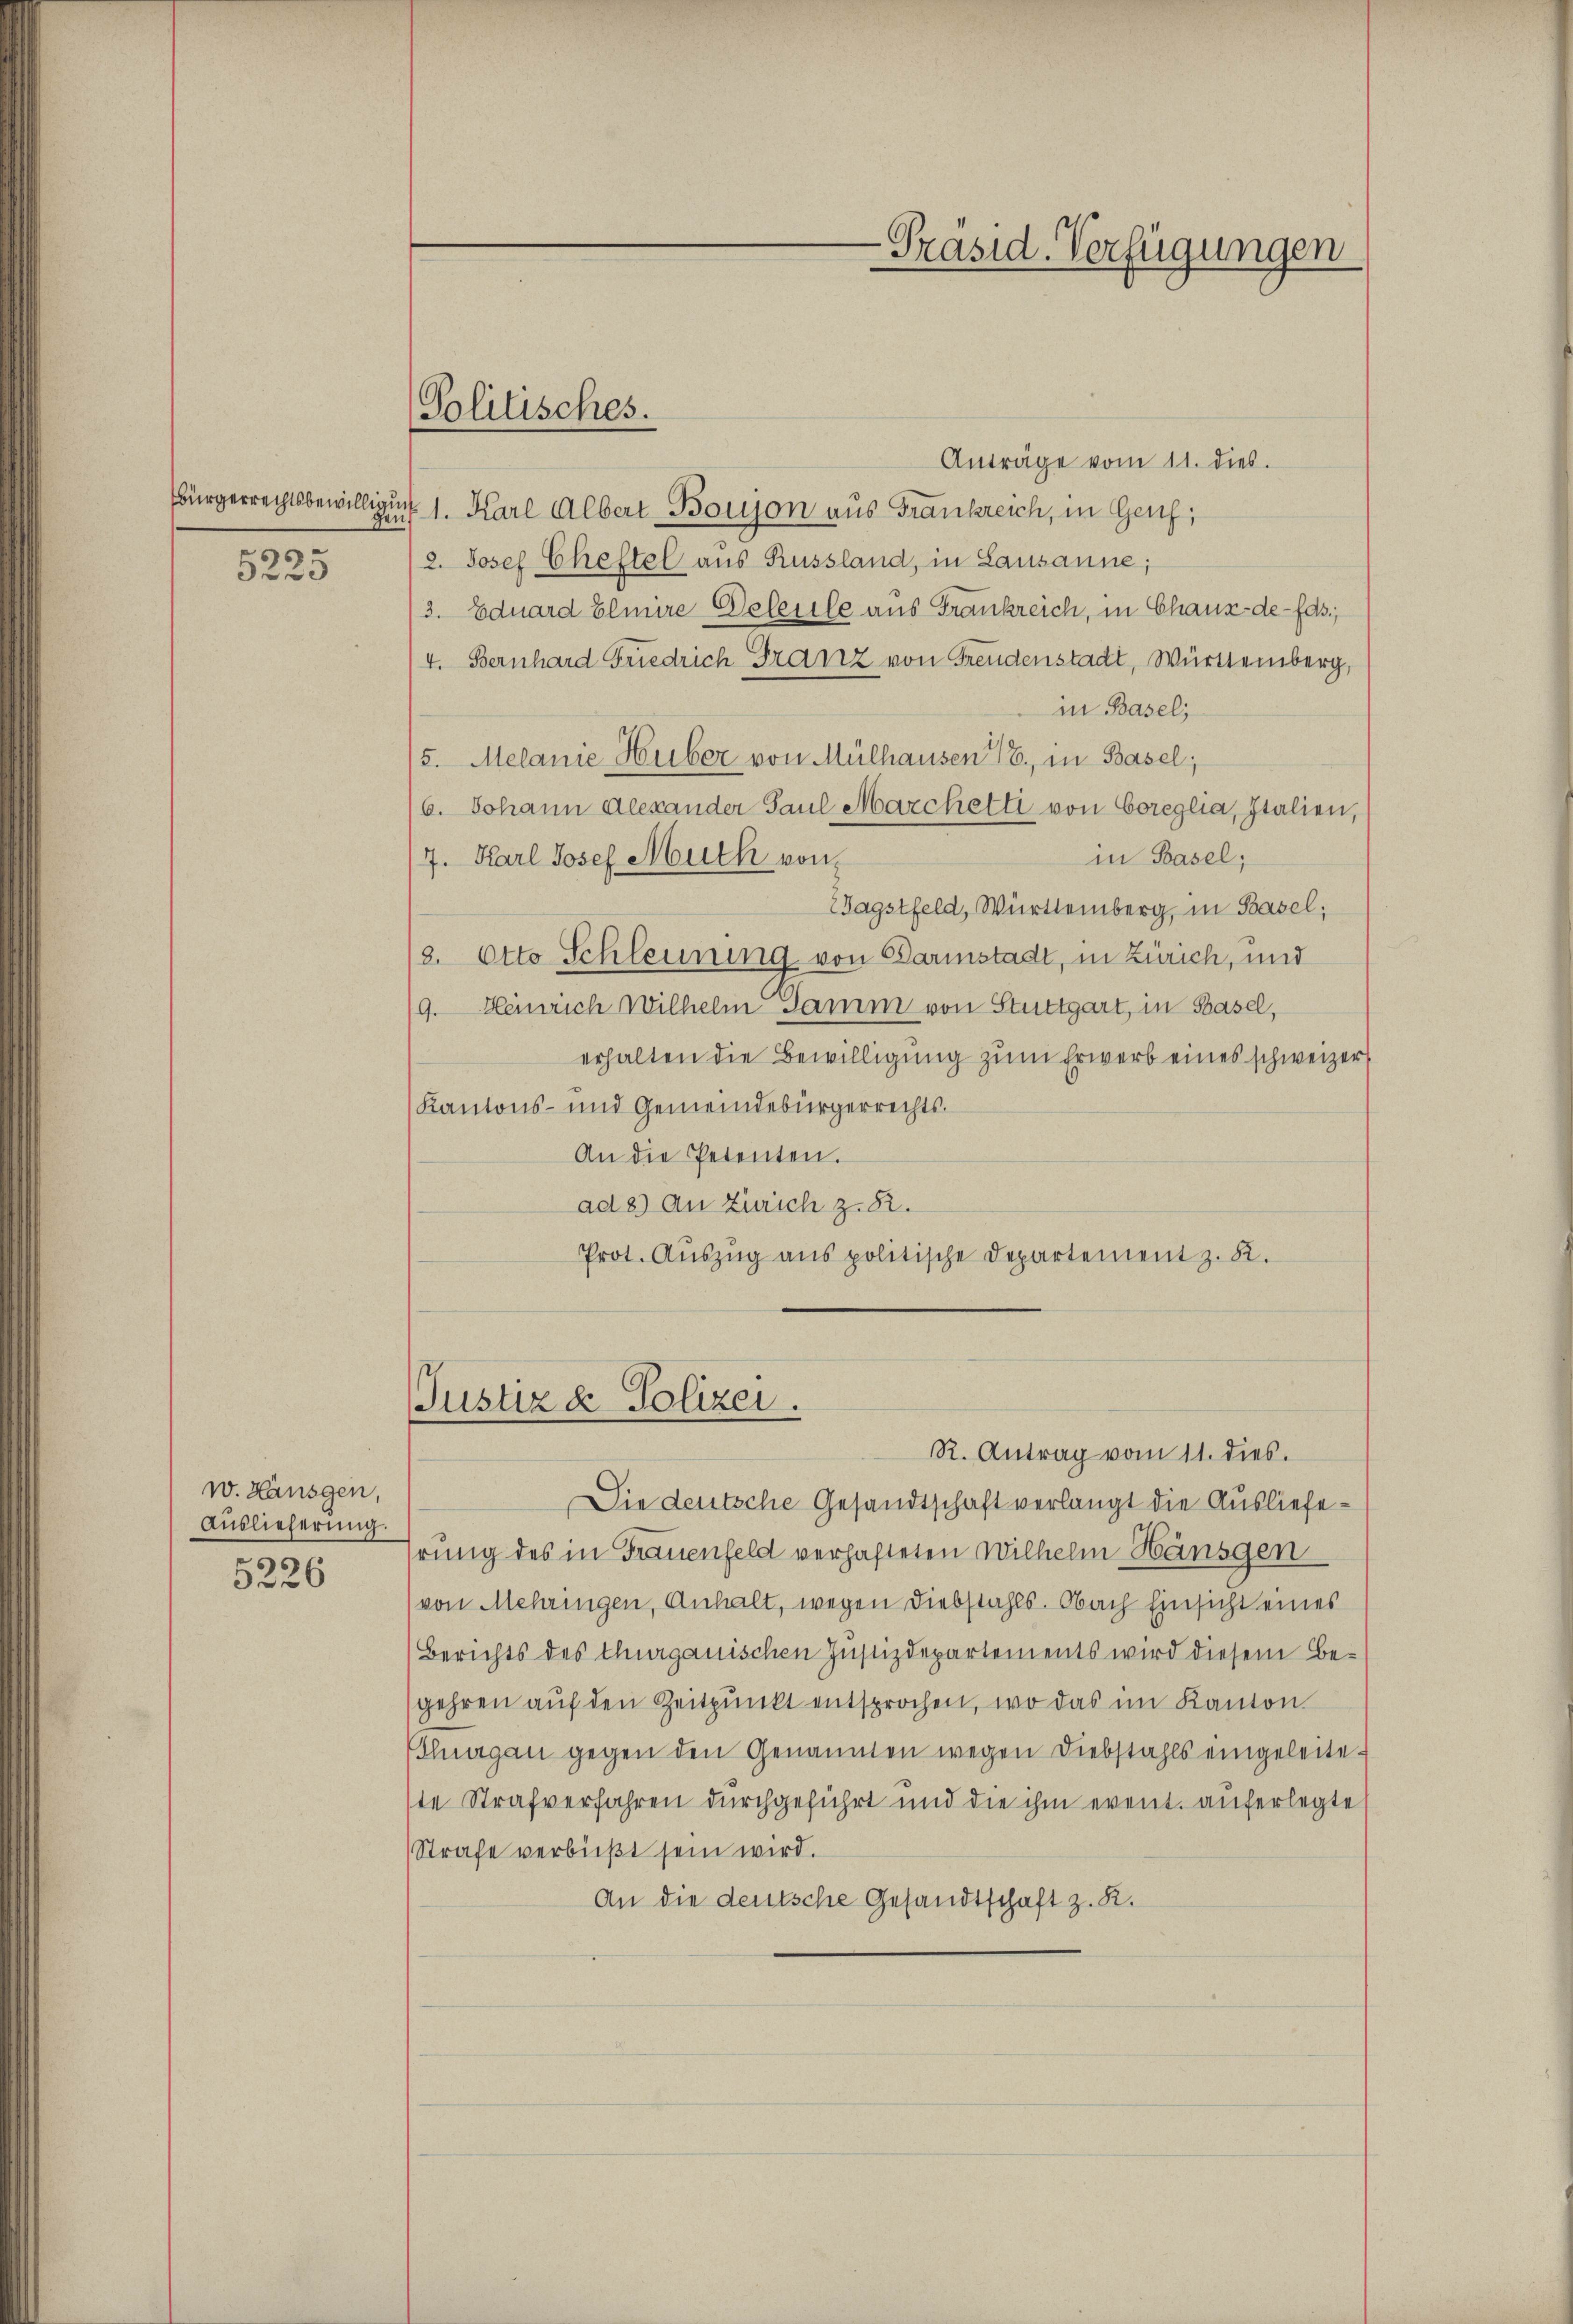
5225

w. Hausgen,
Auslieferung.
5226

Politisches.

-Präsid. Verfügungen

Anträge vom 11. dies.
Bürgerrechtsbewilligung 1. Karl Albert Boujon aus Frankreich, in Genf,
2. Josef Cheftel aus Russland, in Lausanne;
13. Eduard Eliere Beleute aus Frankreich, in Chaux-de-fds.,
4. Bernhard Friedrich Franz von Freudenstadt, Württemberg,
in Basel;
5. Melanie Huber von Mülhausen 16, in Basel;
6. Johann Alexander Paul Marchetti von Coreglia, Italien,
in Basel;
7. Karl Josef Muth von
2Jagstfeld, Württemberg, in Basel;
8. Otto Schleunung von Paristadt, in Zürich, und
19. Heinrich Wilhelm Samm von Stuttgart, in Basel,
erhalten die Bewilligung zum Erwerb eines schweizer
Kantons- und Gemeindebürgerrechts.
An die Petenten.
ad 8) An Zürich z. R.
Prot. Auszug aus politische Departement z. B.

Justiz & Polizei.
R. Antrag vom 11. dies.

Die deutsche Gesandtschaft verlangt die Auslieferung des in Frauenfeld verhafteten Wilhelm Hänsgen
(von Mehringen, Anhalt, wegen Diebstahls. Nach Einsicht eines
Berichts des thurgauischen Justizdepartements wird diesem Begehren auf den Zeitpunkt entsprochen, wo das im Kanton
Thurgau gegen den Genannten wegen Diebstahls eingeleiteste Strafverfahren durchgeführt und die ihm event. auferlegte
Strafe verbüßt sein wird.
An die deutsche Gesandtschaft z. R.